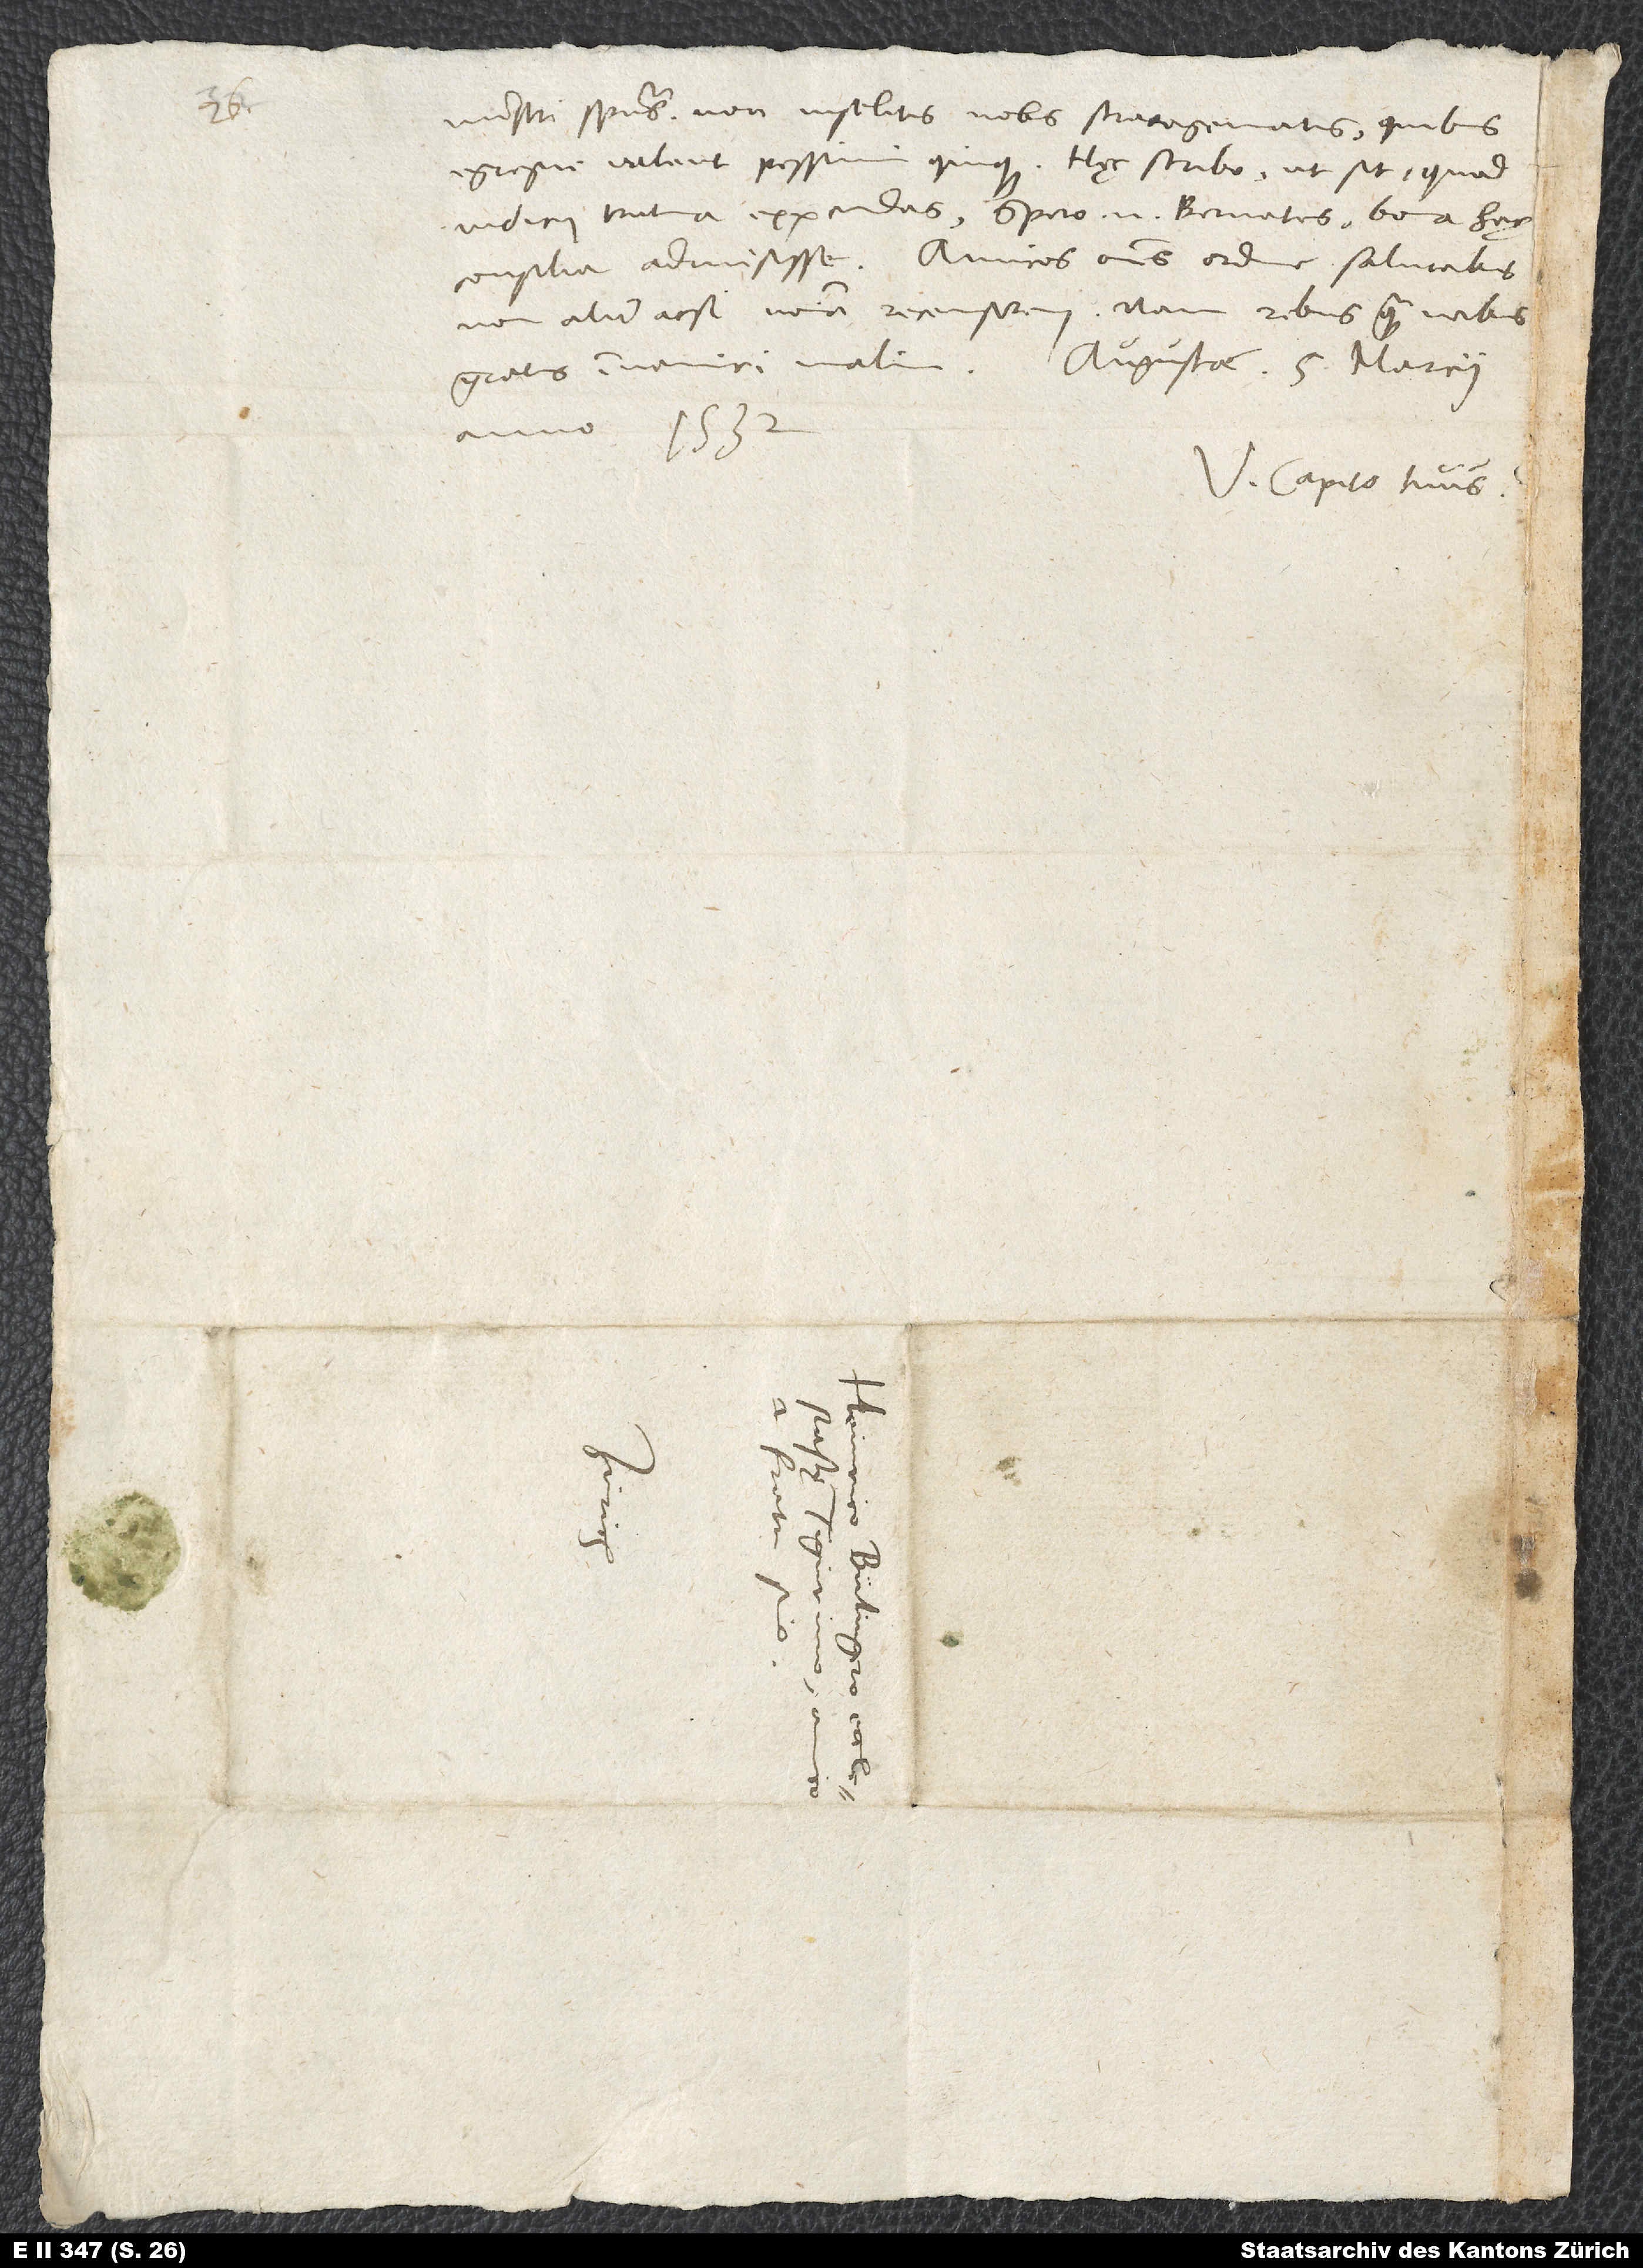
ministri spiritus, non insolitis nobis strategematis, quibus
egregie valent pessimi quique. Haec scribo, ut sit, quod
iudicii trutina expendas. Spero enim Bernates bona hęc
consilia admisisse. Amicos omnes ordine salutabis
non aliter ac si nomina recenserem; nam rebus quam verbis
gratus inveniri malim. Augustae, 5. marcii
V. Capito tuus.